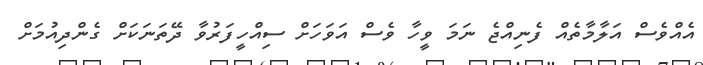
އެއްވެސް އަލާމާތެއް ފެނިއްޖެ ނަމަ ވީހާ ވެސް އަވަހަށް ސިއްހީފަރުވާ ދޭތަނަކަށް ގެންދިއުމަށް